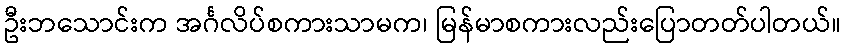
ဦးဘသောင်းက အင်္ဂလိပ်စကားသာမက၊ မြန်မာစကားလည်းပြောတတ်ပါတယ်။